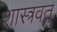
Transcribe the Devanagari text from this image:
शास्त्रवत्‌